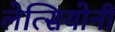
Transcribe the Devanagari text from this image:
लेत्सियोनी